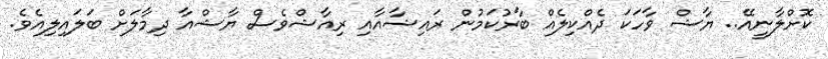
ކޮށްލާނީއޭ.. ޔާޝް ވާހަކަ ދެއްކިލެއް ބާރުކަމުން ރައިޝާއާއި ރިއާޝްވެސް ޔާޝްއާ ދިމާލަށް ބަލައިލިއެވެ.